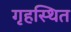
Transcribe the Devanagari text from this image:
गृहस्थित